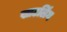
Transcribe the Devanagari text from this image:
खाटलिंग